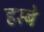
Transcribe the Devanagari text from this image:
हस्बे